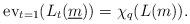
LaTeX: \begin{align*}\mathrm{ev}_{t=1}(L_{t}(\underline{m}))=\chi_q(L(m)). \end{align*}